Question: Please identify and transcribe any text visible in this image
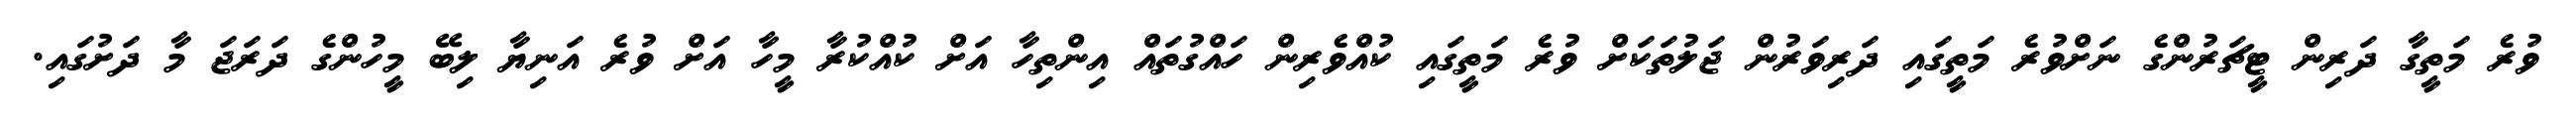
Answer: ވުރެ މަތީގާ ދަރިން ޓީޗަރުންގެ ނަށްވުރެ މަތީގައި ދަރިވަރުން ޖަލުތަކަށް ވުރެ މަތީގައި ކުއްވެރިން ހައްގުތައް އިންތިހާ އަށް ކުއްކުރާ މީހާ އަށް ވުރެ އަނިޔާ ލިބޭ މީހުންގެ ދަރަޖަ މާ ދަށުގައި.